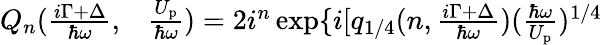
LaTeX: \begin{array}{rl}{Q_{n}(\frac{i\Gamma+\Delta}{\hbar\omega},}&{{}\frac{U_{\mathrm{p}}}{\hbar\omega})=2i^{n}\exp\{ i[q_{1/4}(n,\frac{i\Gamma+\Delta}{\hbar\omega})(\frac{\hbar\omega}{U_{\mathrm{p}}})^{1/4}}\end{array}